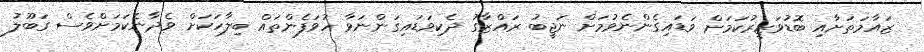
ޒައާމަތަށާއި ބޮޑުވަޒީރުކަމަށް ވަޑައިގެންނެވުމަށް ނަޖީބު ރައްޒާގު ދެކިވަޑައިގަންނަވާ ހުވަފެންތައް ބިލާހަކަށް ވެދާނެކަމަށްވެސް ގަބޫލު